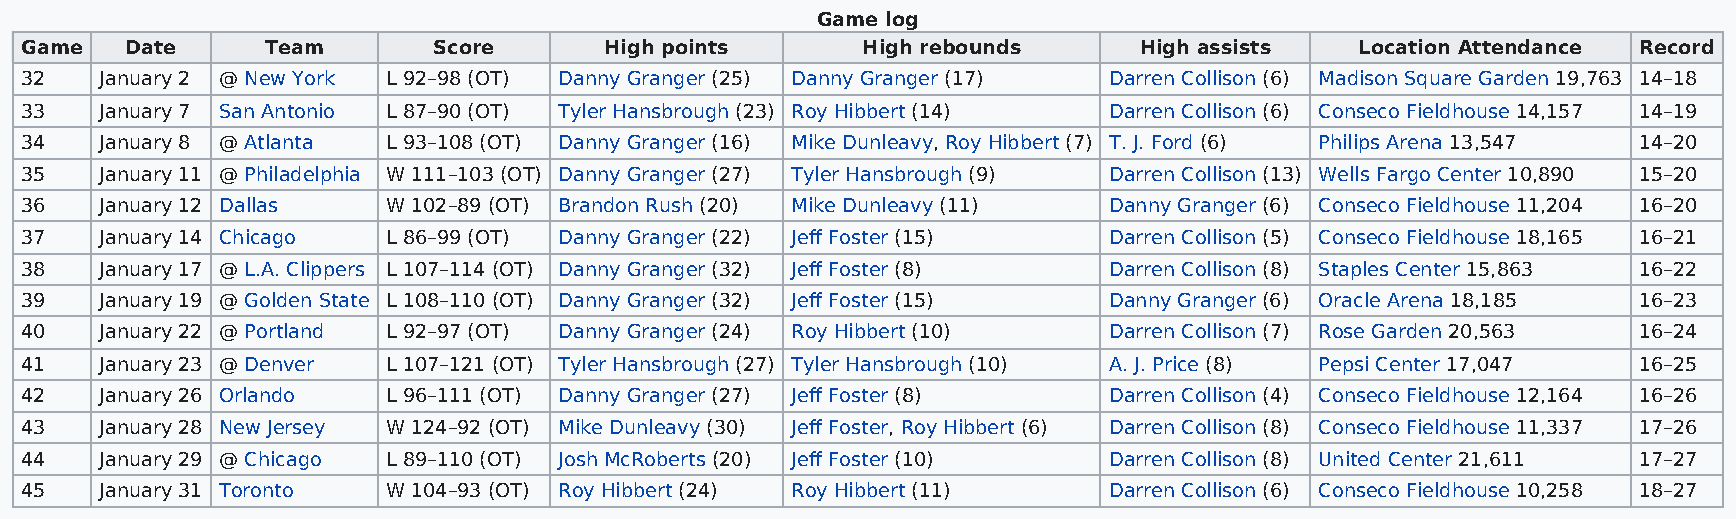
Game log
 Game   Date      Team       Score      High points      High rebounds     High assists   Location Attendance Record
 32    January 2 @ New York L 92–98 (OT) Danny Granger (25) Danny Granger (17) Darren Collison (6) Madison Square Garden 19,763 14–18
 33    January 7 San Antonio L 87–90 (OT) Tyler Hansbrough (23) Roy Hibbert (14) Darren Collison (6) Conseco Fieldhouse 14,157 14–19
 34    January 8 @ Atlanta L 93–108 (OT) Danny Granger (16) Mike Dunleavy, Roy Hibbert (7) T. J. Ford (6) Philips Arena 13,547 14–20
 35    January 11 @ Philadelphia W 111–103 (OT) Danny Granger (27) Tyler Hansbrough (9) Darren Collison (13) Wells Fargo Center 10,890 15–20
 36    January 12 Dallas  W 102–89 (OT) Brandon Rush (20) Mike Dunleavy (11) Danny Granger (6) Conseco Fieldhouse 11,204 16–20
 37    January 14 Chicago L 86–99 (OT) Danny Granger (22) Jeff Foster (15) Darren Collison (5) Conseco Fieldhouse 18,165 16–21
 38    January 17 @ L.A. Clippers L 107–114 (OT) Danny Granger (32) Jeff Foster (8) Darren Collison (8) Staples Center 15,863 16–22
 39    January 19 @ Golden State L 108–110 (OT) Danny Granger (32) Jeff Foster (15) Danny Granger (6) Oracle Arena 18,185 16–23
 40    January 22 @ Portland L 92–97 (OT) Danny Granger (24) Roy Hibbert (10) Darren Collison (7) Rose Garden 20,563 16–24
 41    January 23 @ Denver L 107–121 (OT) Tyler Hansbrough (27) Tyler Hansbrough (10) A. J. Price (8) Pepsi Center 17,047 16–25
 42    January 26 Orlando L 96–111 (OT) Danny Granger (27) Jeff Foster (8) Darren Collison (4) Conseco Fieldhouse 12,164 16–26
 43    January 28 New Jersey W 124–92 (OT) Mike Dunleavy (30) Jeff Foster, Roy Hibbert (6) Darren Collison (8) Conseco Fieldhouse 11,337 17–26
 44    January 29 @ Chicago L 89–110 (OT) Josh McRoberts (20) Jeff Foster (10) Darren Collison (8) United Center 21,611 17–27
 45    January 31 Toronto W 104–93 (OT) Roy Hibbert (24) Roy Hibbert (11) Darren Collison (6) Conseco Fieldhouse 10,258 18–27